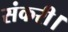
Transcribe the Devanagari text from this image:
संकरी।